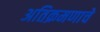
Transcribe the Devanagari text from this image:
अतिक्रमणाचे